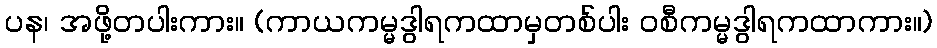
ပန၊ အဖို့တပါးကား။ (ကာယကမ္မဒွါရကထာမှတစ်ပါး ဝစီကမ္မဒွါရကထာကား။)